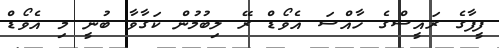
ފީފާގެ ރައީސްގެ ހާއްސަ އެވޯޑް ރޭ ލިބުމުން ކަގާވާ ބުނީ މި އެވޯޑް